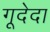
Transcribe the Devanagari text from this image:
गूदेदा